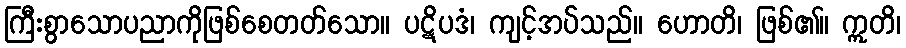
ကြီးစွာသောပညာကိုဖြစ်စေတတ်သော။ ပဋိပဒံ၊ ကျင့်အပ်သည်။ ဟောတိ၊ ဖြစ်၏။ ဣတိ၊